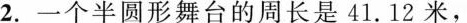
2. 一个半圆形舞台的周长是41.12米，